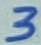
Text: 3